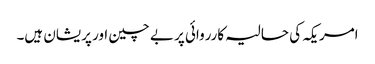
امریکہ کی حالیہ کارروائی پر بے چین اور پریشان ہیں۔